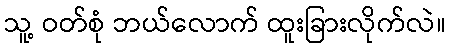
သူ့ ဝတ်စုံ ဘယ်လောက် ထူးခြားလိုက်လဲ။